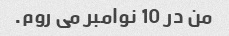
من در 10 نوامبر می روم.